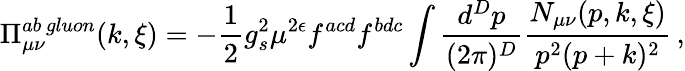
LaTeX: \Pi_{\mu\nu}^{ab\, gluon}(k,\xi)=-{\frac{1}2}g_{s}^{2}\mu^{2\epsilon}f^{acd}f^{bdc}\int{\frac{d^{D}p}{(2\pi)^{D}}}{\frac{N_{\mu\nu}(p,k,\xi)}{p^{2}(p+k)^{2}}}\, ,